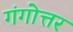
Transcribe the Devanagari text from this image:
गंगोत्तर